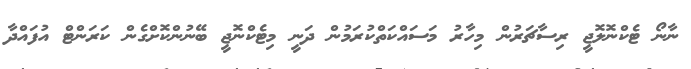
ނާނޯ ޓެކްނޮލޮޖީ ރިސާޗަރުން މިހާރު މަސައްކަތްކުރަމުން ދަނީ މިޓެކްނޮޖީ ބޭނުންކޮށްގެން ކަރަންޓް އުފައްދާ